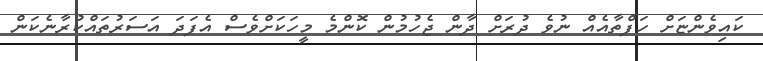
ކައިވެންޏަށް ހަފްތާއެއް ނުވެ ދުރަށް ދާން ޖެހުމުން ކޮންމެ މީހަކަށްވެސް އެފަދަ އަސަރުތައްކުރާނެކަން